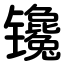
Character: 镵